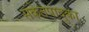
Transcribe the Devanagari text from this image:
संकेतपादुका